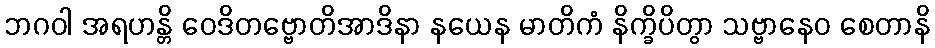
ဘဂဝါ အရဟန္တိ ဝေဒိတဗ္ဗောတိအာဒိနာ နယေန မာတိကံ နိက္ခိပိတွာ သဗ္ဗာနေဝ စေတာနိ